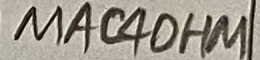
Text: MAC4OHM